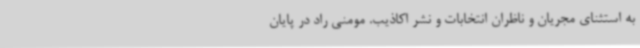
به استثنای مجریان و ناظران انتخابات و نشر اکاذیب. مومنی راد در پایان